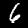
Label: 6